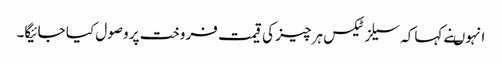
انہوںنے کہاکہ سیلز ٹیکس ہر چیز کی قیمت فروخت پر وصول کیا جائیگا۔